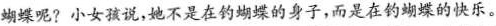
蝴蝶呢?小女孩说，她不是在钓蝴蝶的身子，而是在钓蝴蝶的快乐。